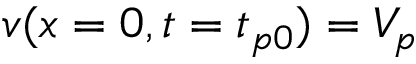
v ( x = 0 , t = t _ { p 0 } ) = V _ { p }